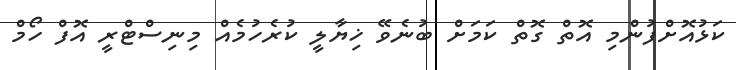
ކަޅުއޮށްފުންމި އޮޮތް ގޮތް ކަމަށް ބުނެވޭ ޚިޔާލީ ކުރެހުމެއް މިނިސްޓްރީ އޮފް ހޯމް